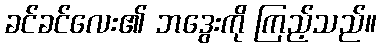
ခင်ခင်လေး၏ ဘဒွေးကို ကြည့်သည်။